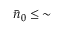
\bar { n } _ { 0 } \le \, \sim